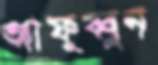
আফুব্বুন